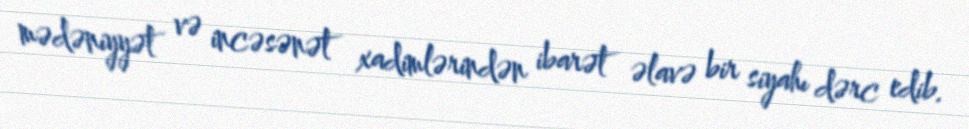
mədəniyyət və incəsənət xadimlərindən ibarət əlavə bir siyahı dərc edib.